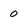
Character: 0